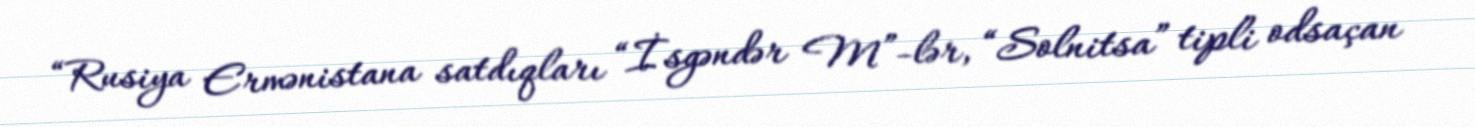
“Rusiya Ermənistana satdıqları “İsgəndər M”-lər, “Solnitsa” tipli odsaçan